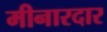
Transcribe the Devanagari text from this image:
मीनारदार